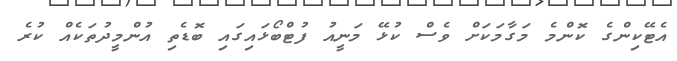
އެޓޭކިންގެ ކޮންމެ މަގާމަކަށް ވެސް ކުޅޭ މަނީއު ފުޓްބޯޅައިގައި ބޮޑެތި އުންމީދުތަކެއް ކުރެ